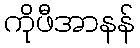
ကိုဖီအာနန်